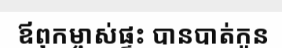
ឪពុកម្ចាស់ផ្ទះ បានបាត់កូន